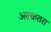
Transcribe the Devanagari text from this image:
अल्कतरा